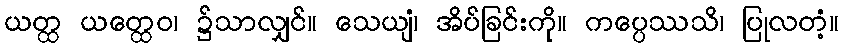
ယတ္ထ ယတ္ထေဝ၊ ၌သာလျှင်။ သေယျံ၊ အိပ်ခြင်းကို။ ကပ္ပေဿသိ၊ ပြုလတံ့။